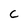
Character: C